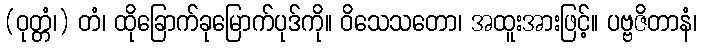
(ဝုတ္တံ၊) တံ၊ ထိုခြောက်ခုမြောက်ပုဒ်ကို။ ဝိသေသတော၊ အထူးအားဖြင့်။ ပဗ္ဗဇိတာနံ၊